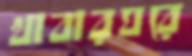
খাবারঘরে